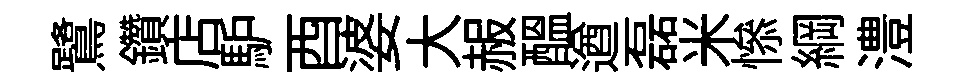
鷺鑽店馿酉婆大赧醖遒磊米𢡖綱澧